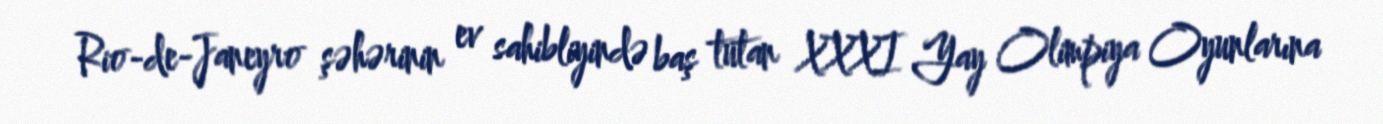
Rio-de-Janeyro şəhərinin ev sahibliyində baş tutan XXXI Yay Olimpiya Oyunlarına